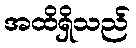
အထိရှိသည်